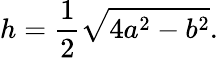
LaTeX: h={\frac{1}{2}}{\sqrt{4a^{2}-b^{2}}}.